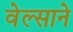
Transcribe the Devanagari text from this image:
वेल्साने